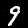
Label: 9